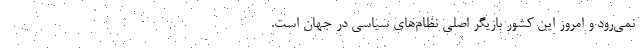
نمی‌رود و امروز این کشور بازیگر اصلی نظام‌های سیاسی در جهان است.